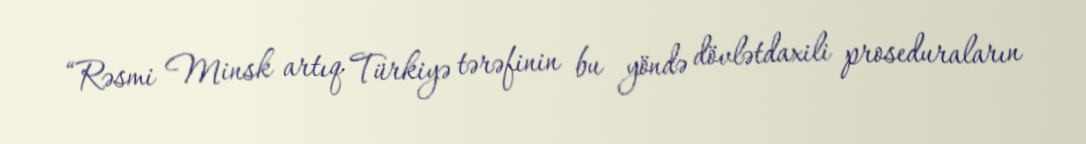
“Rəsmi Minsk artıq Türkiyə tərəfinin bu yöndə dövlətdaxili proseduraların